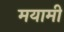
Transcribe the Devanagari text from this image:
मयामी